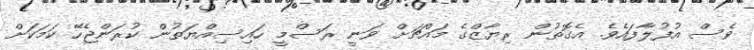
ވެސް އުފުލާފައެވެ. އެގޮތުން ރިޔާޒްގެ މައްޗަށް ވަނީ ރަސްމީ ހައިސިއްޔަތުން ކުރަންޖެހޭ ކަމަކަށް